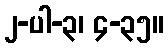
၂-ပါ-၃၊ ၄-၃၅။